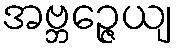
အဗ္ဘဉ္ဇေယျ